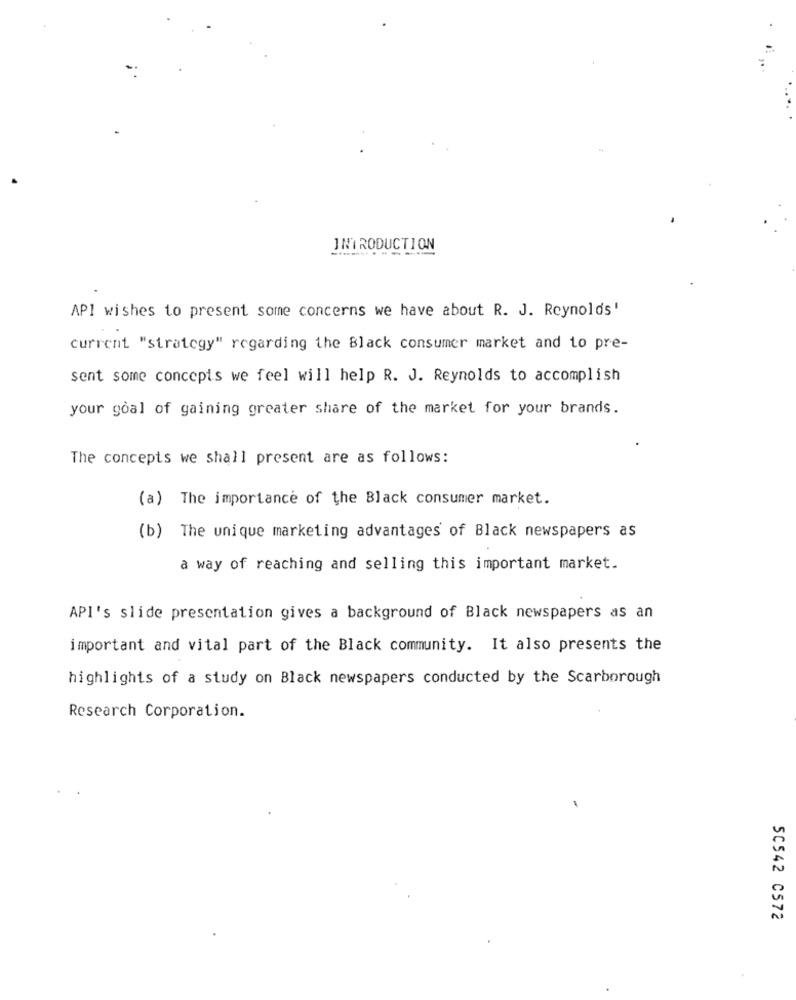
INTRODUCTION
API wishes to present some concerns we have about R. J. Reynolds'
current "strategy" regarding the Black consumer market and to pre-
sent some concepts we feel will help R. J. Reynolds to accomplish
your goal of gaining greater share of the market for your brands.
The concepts we shall present are as follows:
(a) The importance of the Black consumer market.
(b) The unique marketing advantages of Black newspapers as
a way of reaching and selling this important market.
API's slide presentation gives a background of Black newspapers as an
important and vital part of the Black community. It also presents the
highlights of a study on Black newspapers conducted by the Scarborough
Research Corporation.
50542 C572